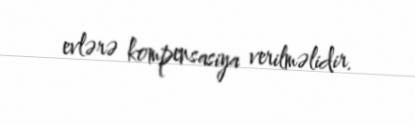
evlərə kompensasiya verilməlidir.